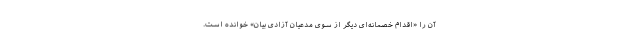
آن را «اقدام خصمانه‌ای دیگر از سوی مدعیان آزادی بیان» خوانده است.